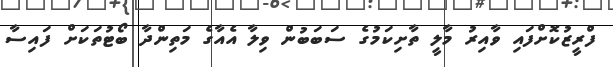
ފްރީޒުކޮށްފައި ވާއިރު މާލީ ތާށިކަމުގެ ސަބަބުން ވިލާ އެއާގެ މަތިންދާ ބޯޓުތަކަށް ފައިސާ